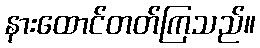
နားထောင်တတ်ကြသည်။